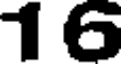
16